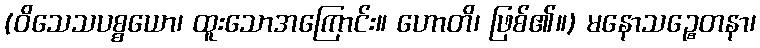
(ဝိသေသပစ္စယော၊ ထူးသောအကြောင်း။ ဟောတိ၊ ဖြစ်၏။) မနောသဉ္စေတနာ၊